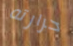
حرارته